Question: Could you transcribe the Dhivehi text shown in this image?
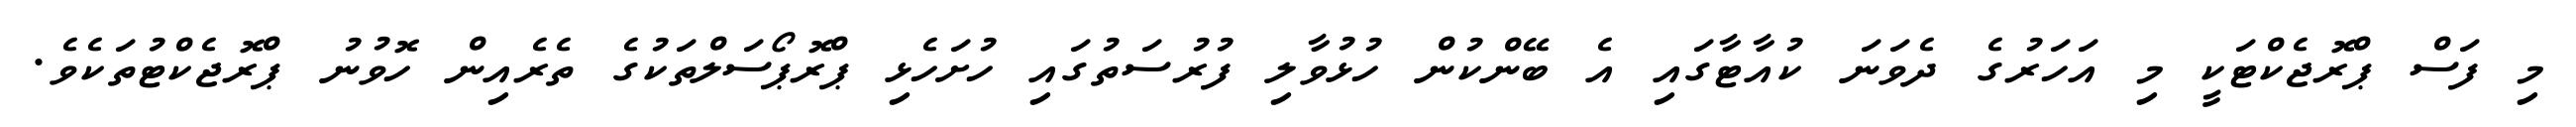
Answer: މި ފަސް ޕްރޮޖެކްޓަކީ މި އަހަރުގެ ދެވަނަ ކުއާޓާގައި އެ ބޭންކުން ހުޅުވާލި ފުރުސަތުގައި ހުށަހެޅި ޕްރޮޕޯސަލްތަކުގެ ތެރެއިން ހޮވުނު ޕްރޮޖެކްޓުތަކެވެ.